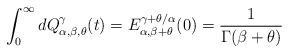
LaTeX: \begin{align*} \int_0^\infty dQ^{\gamma}_{\alpha,\beta,\theta}(t) &= E^{\gamma+\theta/\alpha}_{\alpha,\beta+\theta}(0) = \frac{1}{\Gamma(\beta+\theta)}\end{align*}